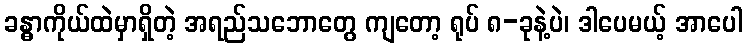
ခန္ဓာကိုယ်ထဲမှာရှိတဲ့ အရည်သဘောတွေ ကျတော့ ရုပ် ၈-ခုနဲ့ပဲ၊ ဒါပေမယ့် အာပေါ